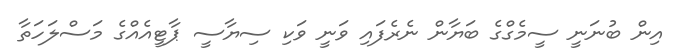
އިން ބުނަނީ ސީމެގްގެ ބަޔާން ނެރެފައި ވަނީ ވަކި ސިޔާސީ ޕާޓީއެއްގެ މަސްލަހަތާ